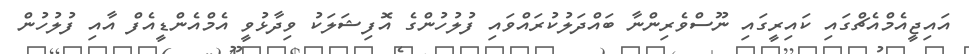
އައިޖީއެމްއެޗްގައި ކައިރީގައި ނޫސްވެރިންނާ ބައްދަލުކުރައްވައި ފުލުހުންގެ އޮފިޝަލަކު ވިދާޅުވީ އެމްއެންޑީއެފް އާއި ފުލުހުން